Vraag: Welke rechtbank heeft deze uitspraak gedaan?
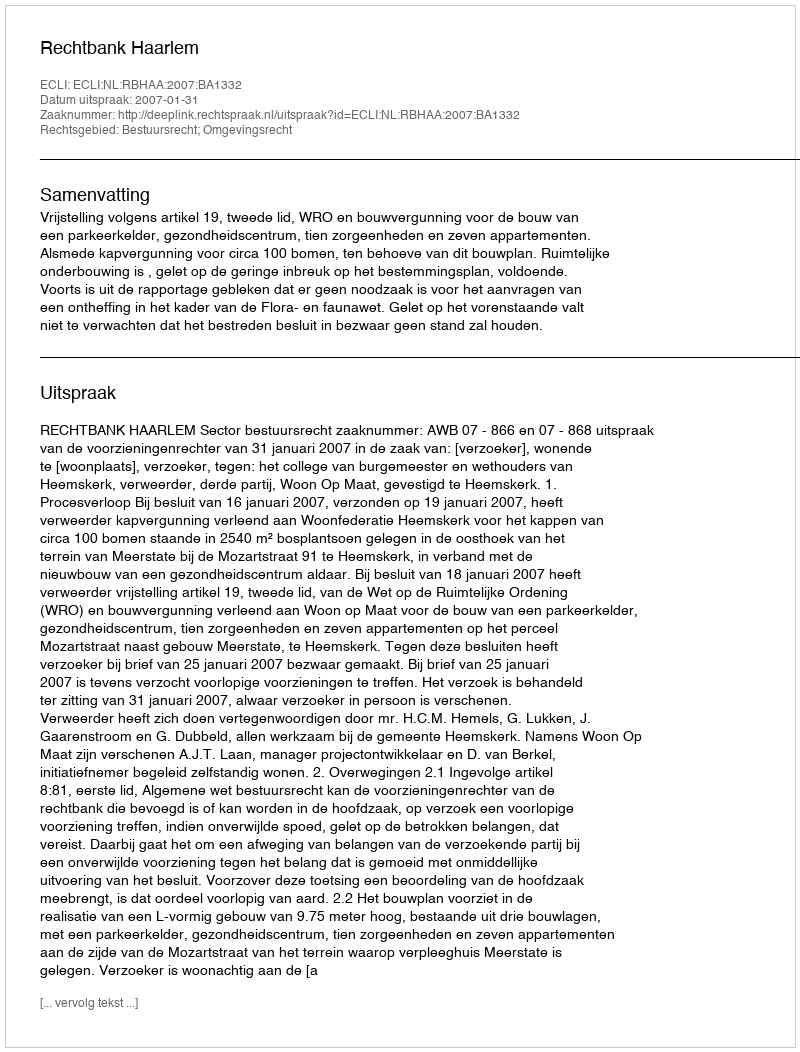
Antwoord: Rechtbank Haarlem